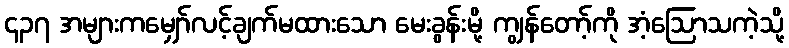
၄၃၇ အများကမျှော်လင့်ချက်မထားသော မေးခွန်းမို့ ကျွန်တော့်ကို အံ့ဩောသကဲ့သို့